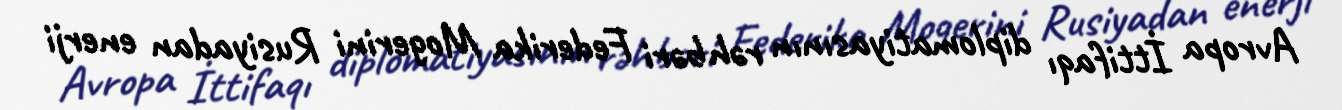
Avropa İttifaqı diplomatiyasının rəhbəri Federika Mogerini Rusiyadan enerji